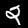
Label: 2